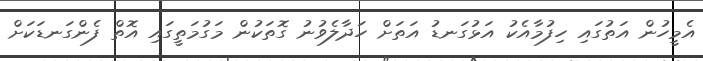
އެމީހުން އަތުގައި ހިފުމާއެކު އަޅުގަނޑު އަތަށް ހަދާލެވުނު ގޮތަކުން މަގުމަތީގައި އޮތް ފެންގަނޑަކަށް